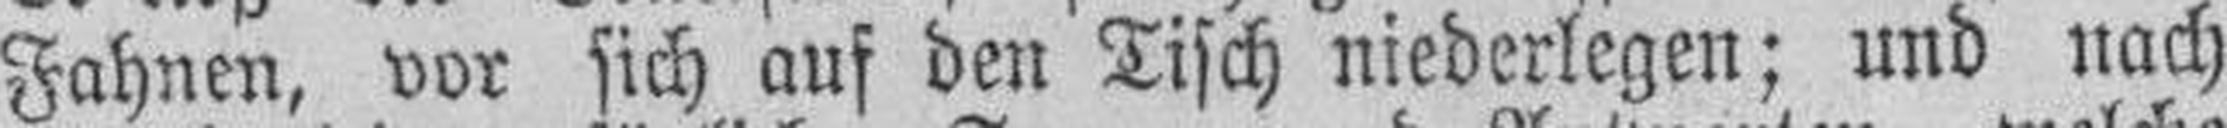
Fahnen, vor sich auf den Tisch niederlegen; und nach